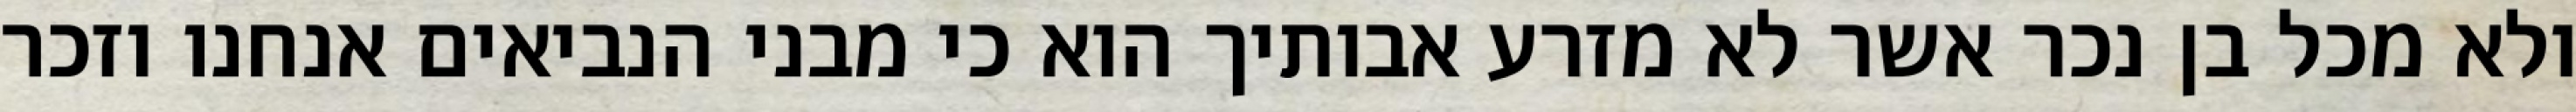
ולא מכל בן נכר אשר לא מזרע אבותיך הוא כי מבני הנביאים אנחנו וזכר